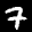
Label: 7